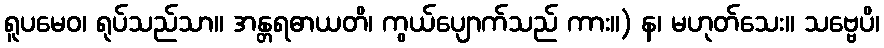
ရူပမေဝ၊ ရုပ်သည်သာ။ အန္တရဓာယတိ၊ ကွယ်ပျောက်သည် ကား။) န၊ မဟုတ်သေး။ သဗ္ဗေပိ၊